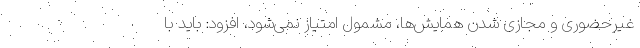
غیرحضوری و مجازی شدن همایش‌ها، مشمول امتیاز نمی‌شود، افزود: باید با